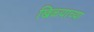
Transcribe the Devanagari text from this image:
खिळ्याच्या